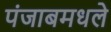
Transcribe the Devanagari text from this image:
पंजाबमधले